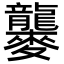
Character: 𪎁